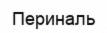
Периналь